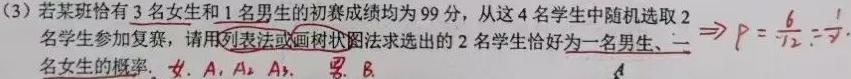
(3) 若某班恰有 3 名女生和 1 名男生的初赛成绩均为 99 分, 从这 4 名学生中随机选取 2 名学生参加复赛, 请用列表法或画树状图法求选出的 2 名学生恰好为一名男生、一名女生的概率. 女：$A_1,A_2,A_3$, 男：$B$.  $\Rightarrow P = \frac{6}{12}=\frac{1}{2}$